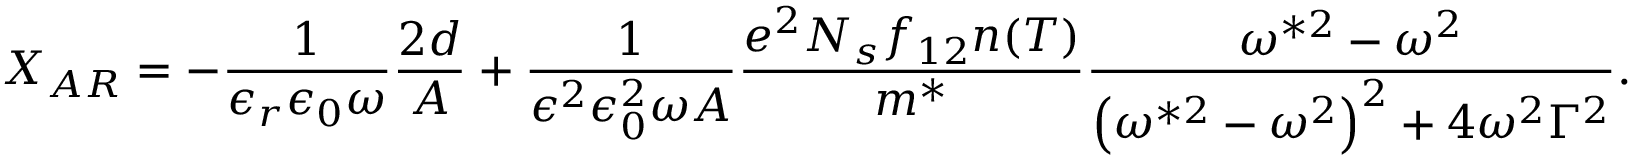
X _ { A R } = - \frac { 1 } { \epsilon _ { r } \epsilon _ { 0 } \omega } \frac { 2 d } { A } + \frac { 1 } { \epsilon ^ { 2 } \epsilon _ { 0 } ^ { 2 } \omega A } \frac { e ^ { 2 } N _ { s } f _ { 1 2 } n ( T ) } { m ^ { * } } \frac { \omega ^ { * 2 } - \omega ^ { 2 } } { \left( \omega ^ { * 2 } - \omega ^ { 2 } \right) ^ { 2 } + 4 \omega ^ { 2 } \Gamma ^ { 2 } } .